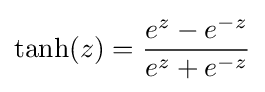
\tanh(z)={\frac {e^{z}-e^{-z}}{e^{z}+e^{-z}}}